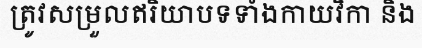
ត្រូវសម្រួលឥរិយាបទទាំងកាយវិកា និង